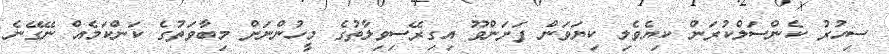
ސިހުރު ކެންސަލްކުރަން ކިޔެވެލި ކިޔަވަން ފަށަންވޫ އިގިރޭސިވިލާތުގެ މީހުންނަށް މިބާވަތުގެ ކަންކަމެއް ނޭގޭނެ